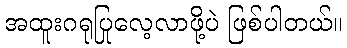
အထူးဂရုပြုလေ့လာဖို့ပဲ ဖြစ်ပါတယ်။